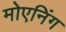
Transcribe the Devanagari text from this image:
मोएनिंग